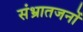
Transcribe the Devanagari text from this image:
संभ्रातजनों